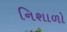
નિશાળો